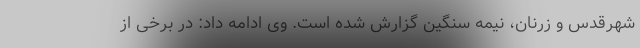
شهرقدس و زرنان، نیمه سنگین گزارش شده است. وی ادامه داد: در برخی از